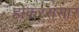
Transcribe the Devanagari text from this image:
होकरसंसार